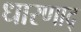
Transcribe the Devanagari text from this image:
धारणाद्